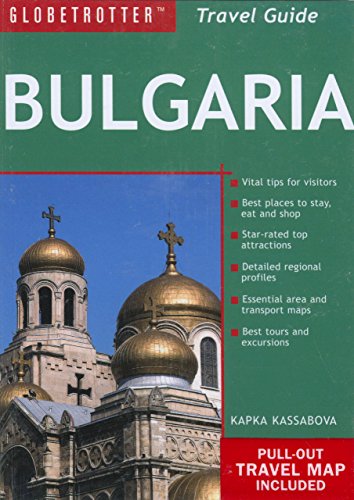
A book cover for Bulgaria Travel Pack (Globetrotter Travel Packs); Globetrotter; Travel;